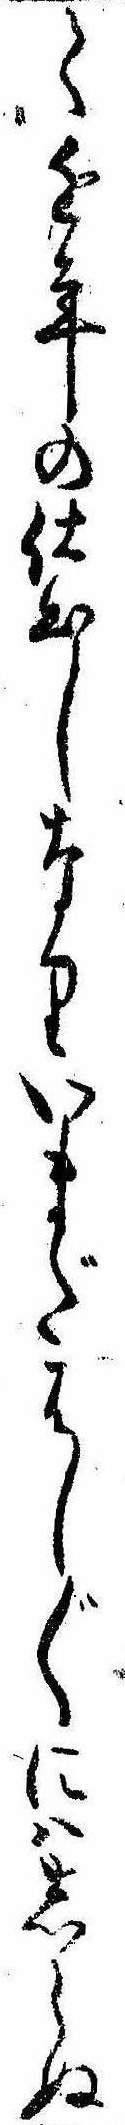
て近年の仕出しなりいまだはし〲にはしらぬ